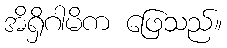
အိရှိဂါမိက ဖြေသည်။